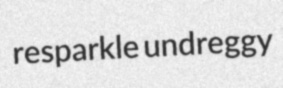
resparkle undreggy